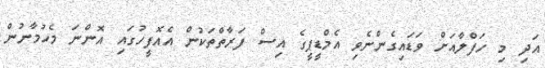
އަދި މި ހަފްލާއަށް ވަޑައިގެންނެވި އެމްޑީޕީގެ އިސް ފަރާތްތަކުން އެއޮފީހުގައި އޮންނަ މެހުމާނުން